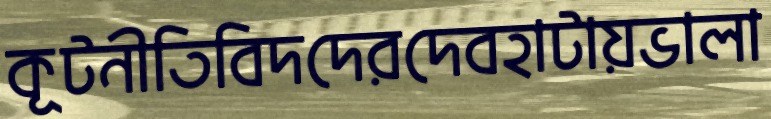
কূটনীতিবিদদেরদেবহাটায়ভালা